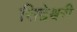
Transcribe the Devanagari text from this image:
सिद्देश्वरी